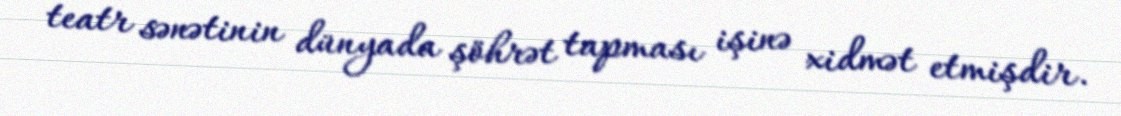
teatr sənətinin dünyada şöhrət tapması işinə xidmət etmişdir.